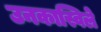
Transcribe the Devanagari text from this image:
उनकास्विले